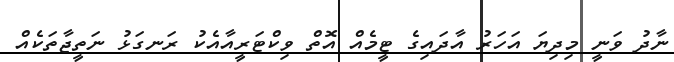
ނާދު ވަނީ މިދިޔަ އަހަރު އާދައިގެ ޓީމެއް އޮތް ވިކްޓަރީއާއެކު ރަނގަޅު ނަތީޖާތަކެއް